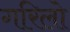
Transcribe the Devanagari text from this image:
गरिलो